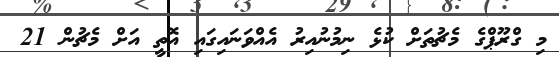
މި ގްރޫޕްގެ މެޗުތަށް ކުޅެ ނިމުނުއިރު އެއްވަނައިގައި އޮތީ އަށް މެޗުން 21